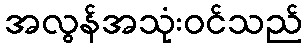
အလွန်အသုံးဝင်သည်